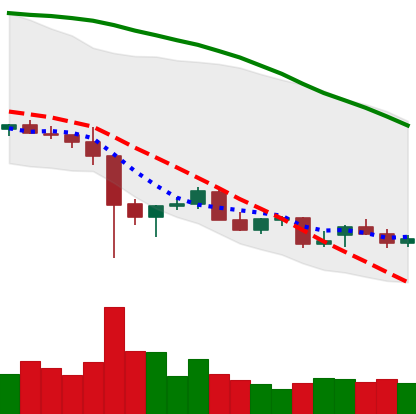
Ticker: NEO-USD
Chart end date: 2021-12-18
Forward return: 14.816%
Label: up_7plus